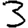
Digit: 3